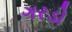
ગરડો